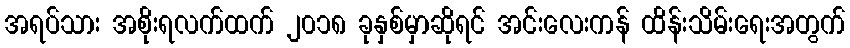
အရပ်သား အစိုးရလက်ထက် ၂၀၁၈ ခုနှစ်မှာဆိုရင် အင်းလေးကန် ထိန်းသိမ်းရေးအတွက်